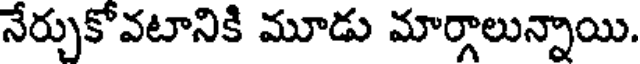
నేర్చుకోవటానికి మూడు మార్గాలున్నాయి.